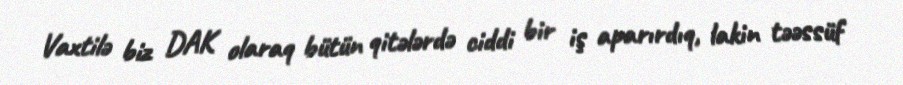
Vaxtilə biz DAK olaraq bütün qitələrdə ciddi bir iş aparırdıq, lakin təəssüf